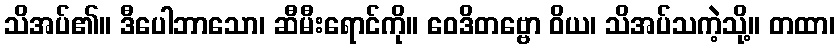
သိအပ်၏။ ဒီပေါဘာသော၊ ဆီမီးရောင်ကို။ ဝေဒိတဗ္ဗော ဝိယ၊ သိအပ်သကဲ့သို့။ တထာ၊